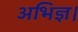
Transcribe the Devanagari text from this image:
अभिज्ञ।